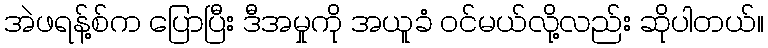
အဲဖရန့်စ်က ပြောပြီး ဒီအမှုကို အယူခံ ဝင်မယ်လို့လည်း ဆိုပါတယ်။